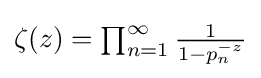
\textstyle \zeta (z)=\prod _{n=1}^{\infty }{\frac {1}{1-p_{n}^{-z}}}